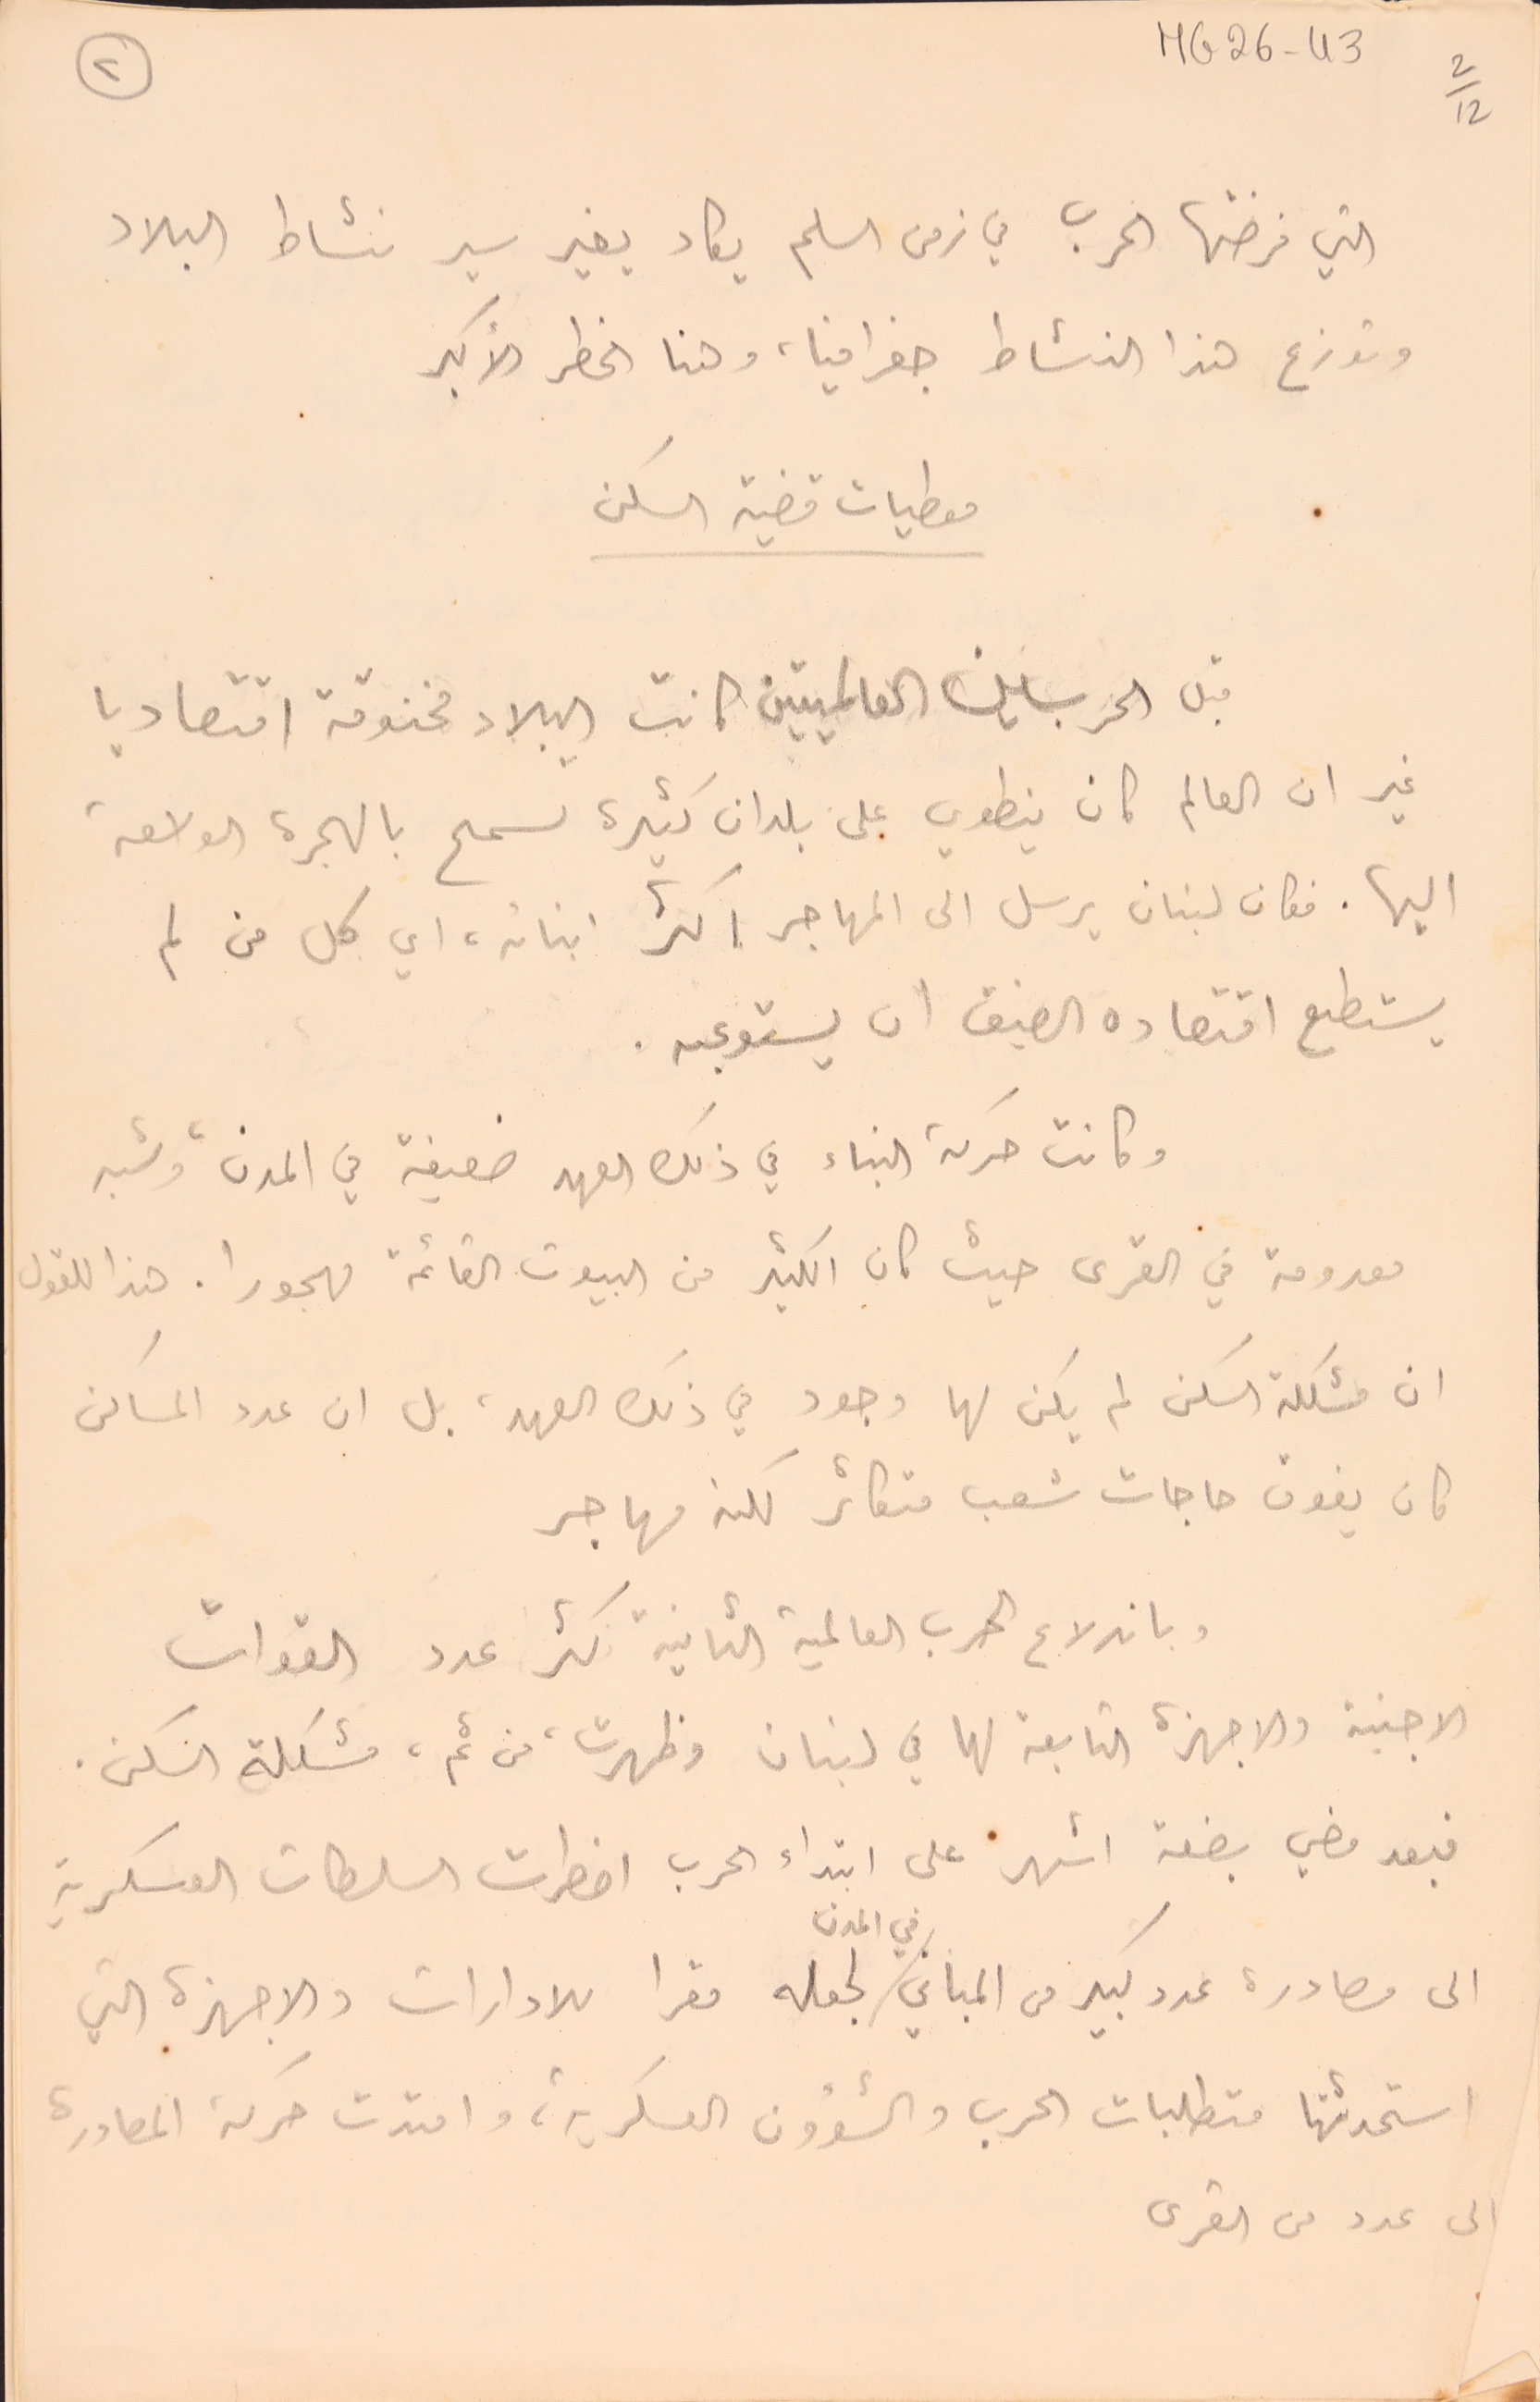
MG26-43   2/12
التي فرضتها الحرب في زمن السلم يكاد يغير سير نشاط البلاد
وتوزع هذا النشاط جغرافيا، وهنا الخطر الأكبر
 معطيات قضية السكن
قبل الحربين العالميتين كانت البلاد مخنوقة اقتصاديا
غير ان العالم كان ينطوي على بلدان كثيرة تسمح بالهجرة الواسعة
اليها. فكان لبنان يرسل الى المهاجر اكثر ابنائه، اي كل من لم
يستطع اقتصاده الضيق ان يستوعبه.
 وكانت حركة البناء في ذلك العهد ضعيفة في المدن، وشبه
معدومة في القرى حيث كان الكثير من البيوت القائمة مهجورا . هذا للقول
ان مشكلة السكن لم يكن لها وجود في ذلك العهد، بل ان عدد المساكن
كان يفوق حاجات شعب متكاثر لكنه مهاجر
وباندلاع الحرب العالمية الثانية اكثر عدد القوات
الاجنبىة والاجهزة التابعة لها في لبنان وظهرت، من ثم، مشكلة السكن.
فبعد مضي بضعة اشهر على ابتداء الحرب اضطرت السلطات العسكرية
الى مصادرة عدد كبير من المباني في المدن لجعله مقرا للادارات والاجهزة التي
استحدثتها متطلبات الحرب والشؤون العسكرية، وامتدت حركة المصادرة
الى عدد من القرى
٢